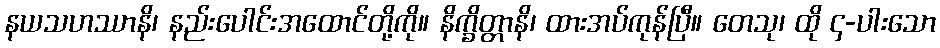
နယသဟဿာနိ၊ နည်းပေါင်းအထောင်တို့ကို။ နိက္ခိတ္တာနိ၊ ထားအပ်ကုန်ပြီ။ တေသု၊ ထို ၄-ပါးသော